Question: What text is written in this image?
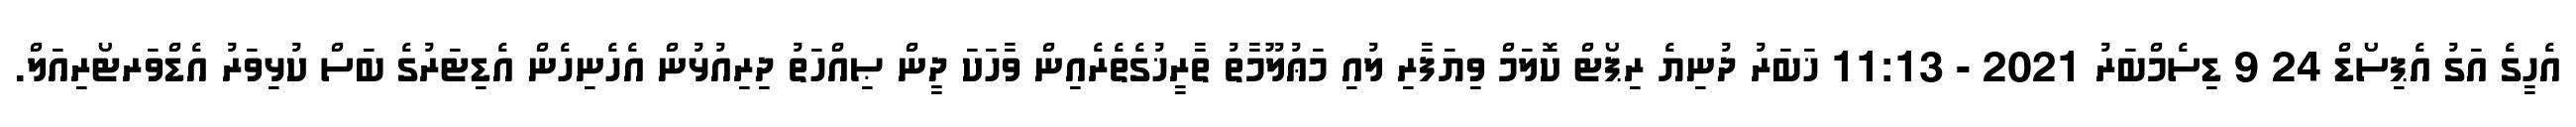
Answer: އެހީގެ އަގު އެޕިސޯޑް 24 9 ޑިސެމްބަރު 2021 - 11:13 ޚަބަރު ދުނިޔެ ރިޕޯޓް ކޮލަމް ވިޔަފާރި ލުއި މަޢުލޫމާތު ތާރީޚުގެތެރެއިން ވާހަކަ ދީން ޞިއްހަތު ދިރިއުޅުން އެހެނިހެން އެޑިޓަރުގެ ބަސް ކުޅިވަރު އެޑްވަރޓޯރިއަލް.